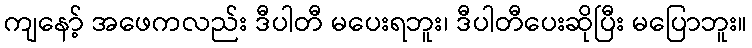
ကျနော့် အဖေကလည်း ဒီပါတီ မပေးရဘူး၊ ဒီပါတီပေးဆိုပြီး မပြောဘူး။